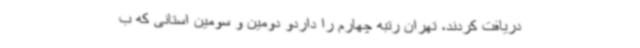
دریافت کردند، تهران رتبه چهارم را داردو دومین و سومین استانی که ب